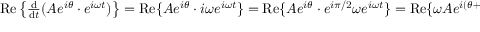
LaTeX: \begin{array} { r } { \operatorname { R e } \left\{ { \frac { \mathrm { d } } { \mathrm { d } t } } ( A e ^ { i \theta } \cdot e ^ { i \omega t } ) \right\} = \operatorname { R e } \{ A e ^ { i \theta } \cdot i \omega e ^ { i \omega t } \} = \operatorname { R e } \{ A e ^ { i \theta } \cdot e ^ { i \pi / 2 } \omega e ^ { i \omega t } \} = \operatorname { R e } \{ \omega A e ^ { i ( \theta + \pi / 2 ) } \cdot e ^ { i \omega t } \} = \omega A \cdot \cos ( \omega t + \theta + \pi / 2 ) } \end{array}